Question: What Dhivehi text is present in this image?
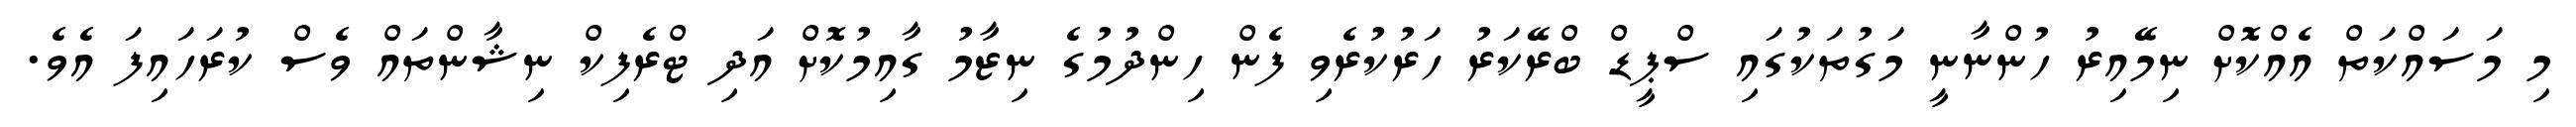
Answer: މި މަސައްކަތް އެއްކޮށް ނިމޭއިރު ހުންނާނީ މަގުތަކުގައި ސްޕީޑް ބްރޭކަރު ހަރުކުރެވި ފެން ހިންދުމުގެ ނިޒާމު ގާއިމުކޮށް އަދި ޓްރެފިކް ނިޝާންތައް ވެސް ކުރަހައިފަ އެވެ.